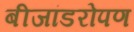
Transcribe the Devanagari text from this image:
बीजांडरोपण